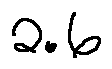
2 . 6